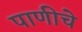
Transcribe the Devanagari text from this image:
पाणीचे